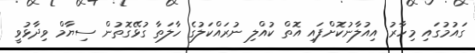
ގައުމުގައި މިހާރު އިއުލާނުކޮށްފައި އޮތް ކުއްލި ނުރައްކަލުގެ ހާލަތާ ގުޅޭގޮތުން ސިޔާމް ވިދާޅުވީ